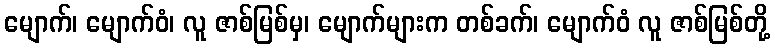
မျောက်၊ မျောက်ဝံ၊ လူ ဇာစ်မြစ်မှ၊ မျောက်များက တစ်ခက်၊ မျောက်ဝံ လူ ဇာစ်မြစ်တို့